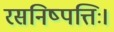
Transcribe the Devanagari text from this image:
रसनिष्पत्तिः।